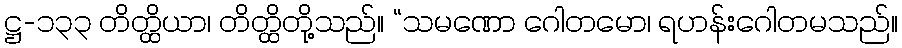
ဋ္ဌ-၁၃၃ တိတ္ထိယာ၊ တိတ္ထိတို့သည်။ “သမဏော ဂေါတမော၊ ရဟန်းဂေါတမသည်။